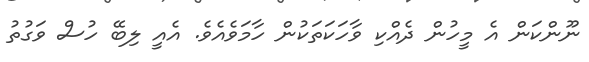
ނޫންކަން އެ މީހުން ދެއްކި ވާހަކަތަކުން ހާމަވެއެވެ. އެއީ ލިބޭ ހުސް ވަގުތު